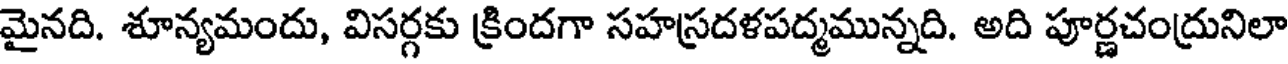
మైనది. శూన్యమందు, విసర్గకు క్రిందగా సహస్రదళపద్మమున్నది. అది పూర్ణచంద్రునిలా